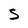
Character: S